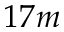
1 7 m